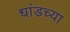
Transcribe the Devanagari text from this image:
धांडच्या